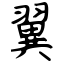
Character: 翼